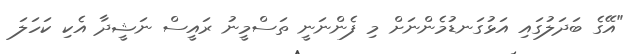
"އޭގެ ބަދަލުގައި އަޅުގަނޑުމެންނަށް މި ފެންނަނީ ތަސްމީނު ރައީސް ނަޝީދާ އެކި ކަހަލަ